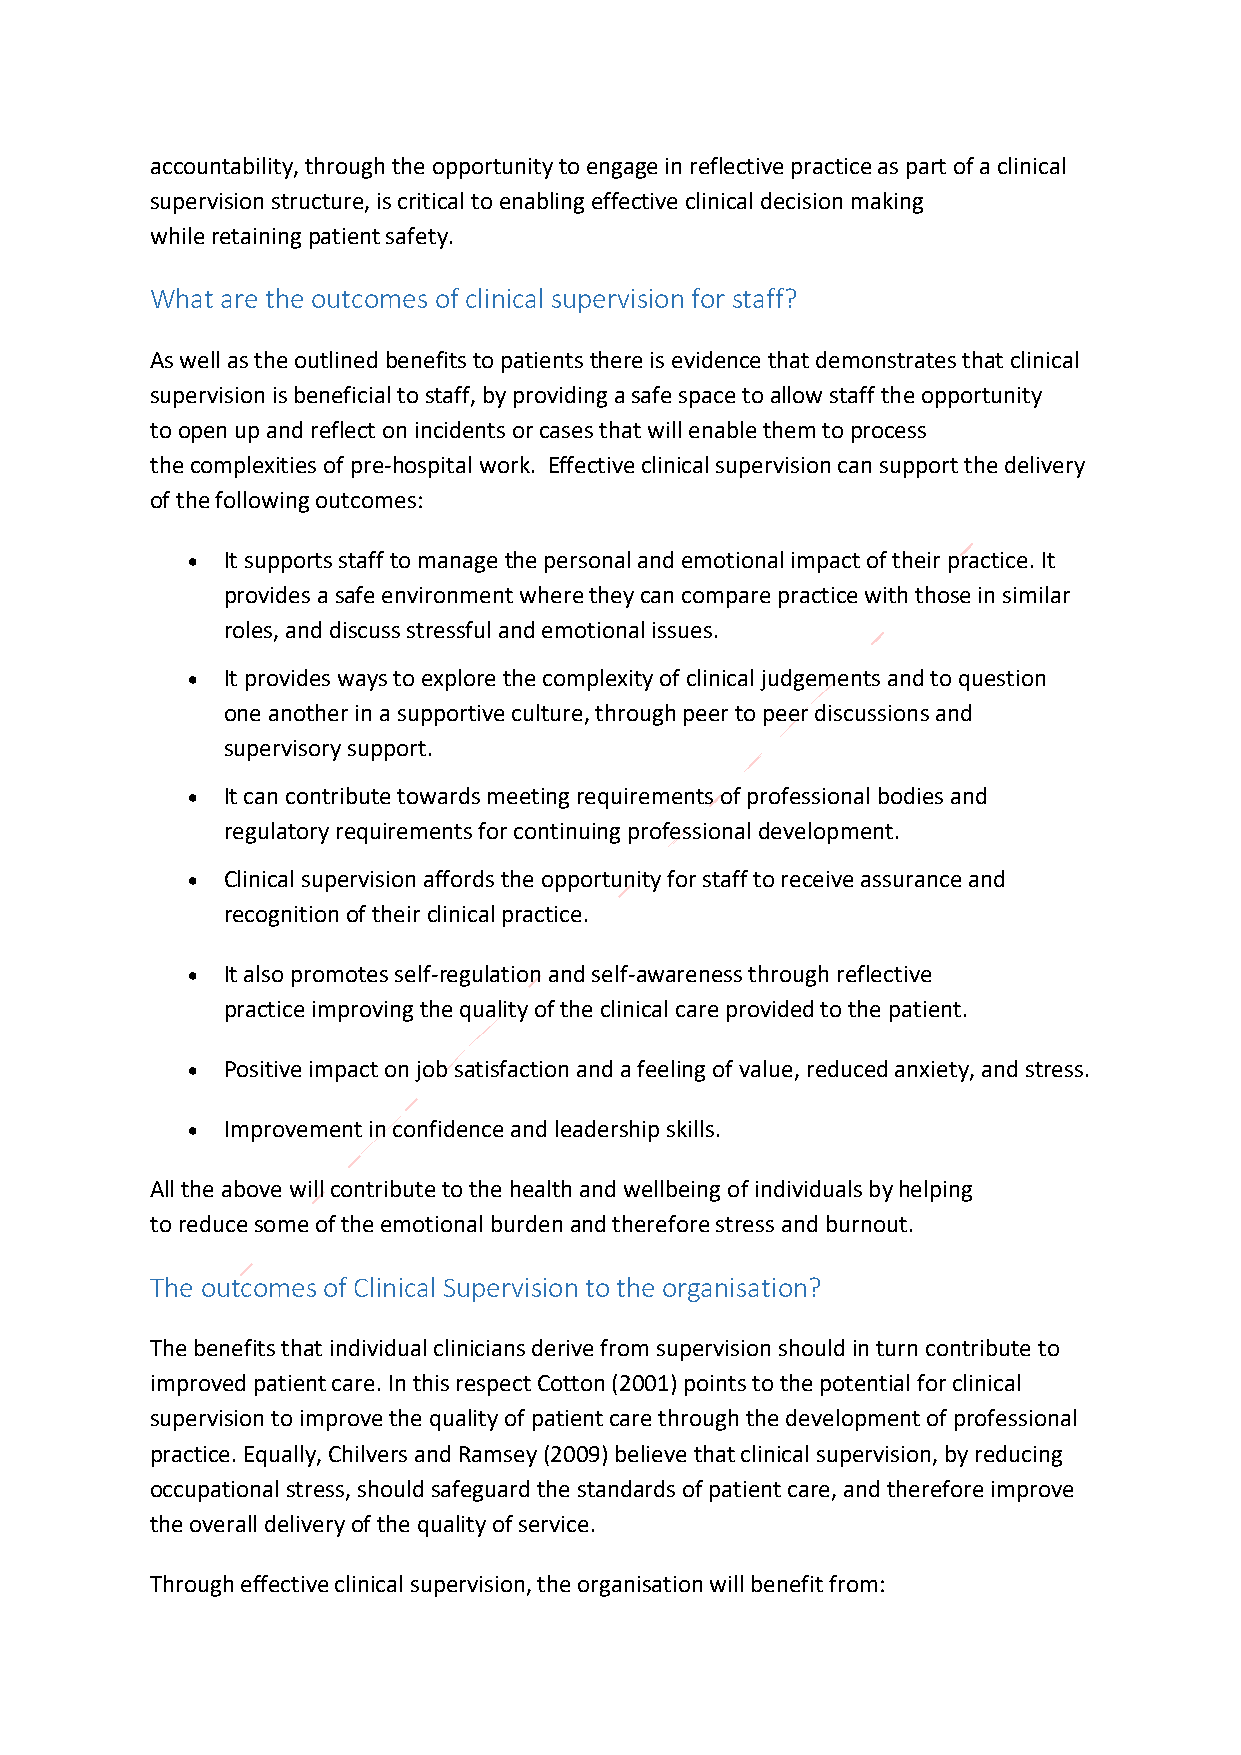
accountability, through the opportunity to engage in reflective practice as part of a clinical
 supervision structure, is critical to enabling effective clinical decision making
 while retaining patient safety.
 What are the outcomes of clinical supervision for staff?
 As well as the outlined benefits to patients there is evidence that demonstrates that clinical
 supervision is beneficial to staff, by providing a safe space to allow staff the opportunity
 to open up and reflect on incidents or cases that will enable them to process
 the complexities of pre-hospital work. Effective clinical supervision can support the delivery
 of the following outcomes:
 •  It supports staff to manage the personal and emotional impact of their practice. It
 provides a safe environment where they can compare practice with those in similar
 roles, and discuss stressful and emotional issues.
 •  It provides ways to explore the complexity of clinical judgements and to question
 one another in a supportive culture, through peer to peer discussions and
 supervisory support.
 •  It can contribute towards meeting requirements of professional bodies and
 regulatory requirements for continuing professional development.
 •  Clinical supervision affords the opportunity for staff to receive assurance and
 recognition of their clinical practice.
 •  It also promotes self-regulation and self-awareness through reflective
 practice improving the quality of the clinical care provided to the patient.
 •  Positive impact on job satisfaction and a feeling of value, reduced anxiety, and stress.
 •  Improvement in confidence and leadership skills.
 All the above will contribute to the health and wellbeing of individuals by helping
 to reduce some of the emotional burden and therefore stress and burnout.
 The outcomes of Clinical Supervision to the organisation?
 The benefits that individual clinicians derive from supervision should in turn contribute to
 improved patient care. In this respect Cotton (2001) points to the potential for clinical
 supervision to improve the quality of patient care through the development of professional
 practice. Equally, Chilvers and Ramsey (2009) believe that clinical supervision, by reducing
 occupational stress, should safeguard the standards of patient care, and therefore improve
 the overall delivery of the quality of service.
 Through effective clinical supervision, the organisation will benefit from: